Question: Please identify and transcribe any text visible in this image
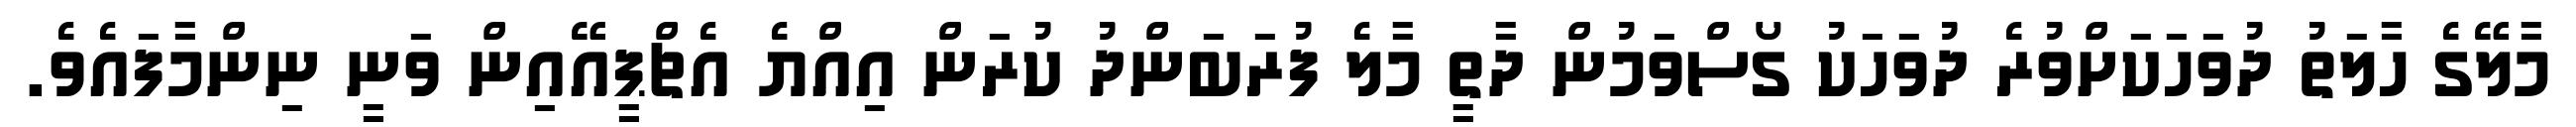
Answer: މާލޭގެ ހާލަތު ދުވަހަކަށްވުރެ ދުވަހަކު ގޯސްވަމުން ދާތީ މާލެ ފުރަބަންދު ކުރަން އިއްޔެ އެޗްޕީއޭއިން ވަނީ ނިންމާފައެވެ.